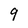
Character: 9